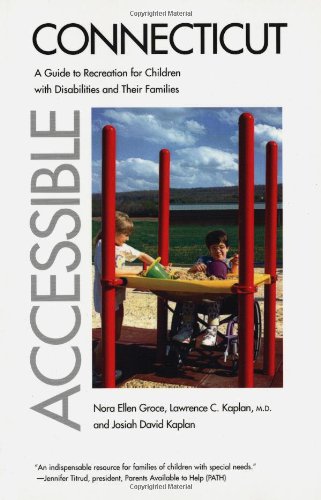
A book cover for Accessible Connecticut: A Guide to Recreation for Children with Disabilities and Their Families; Dr. Nora Ellen Groce; Travel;